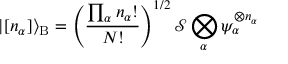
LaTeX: | [ n _ { \alpha } ] \rangle _ { \mathrm { { B } } } = \left( { \frac { \prod _ { \alpha } n _ { \alpha } ! } { N ! } } \right) ^ { 1 / 2 } { \mathcal { S } } \bigotimes _ { \alpha } \psi _ { \alpha } ^ { \otimes n _ { \alpha } }